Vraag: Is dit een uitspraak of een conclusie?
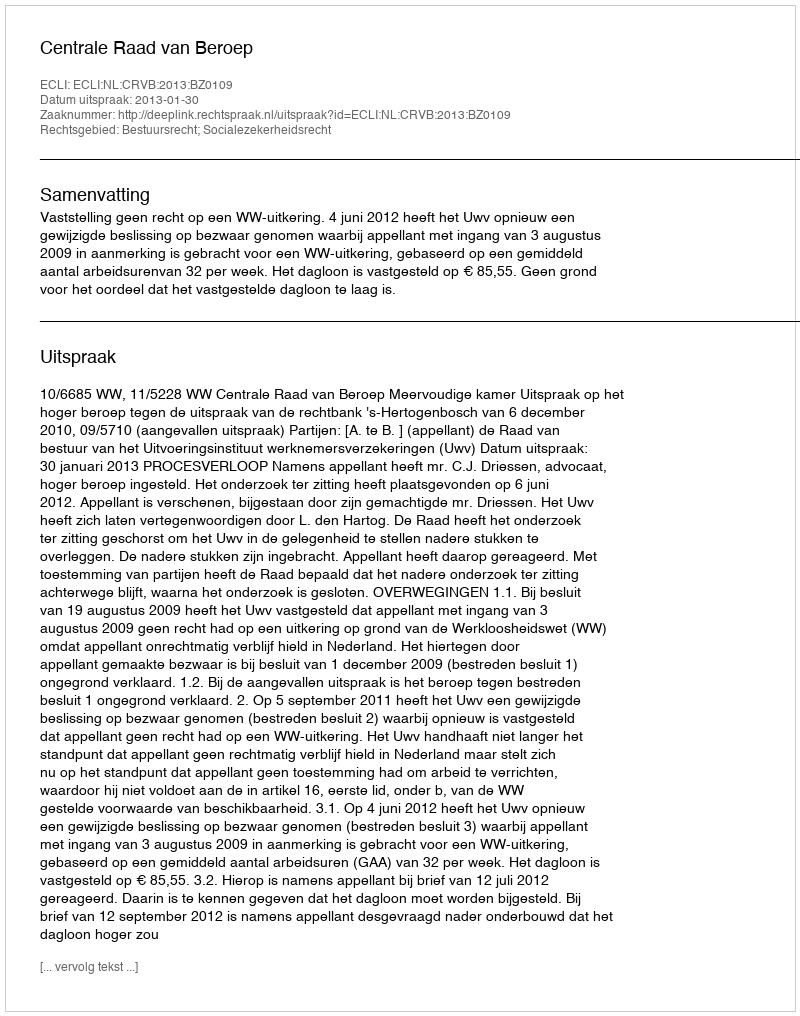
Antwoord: Uitspraak